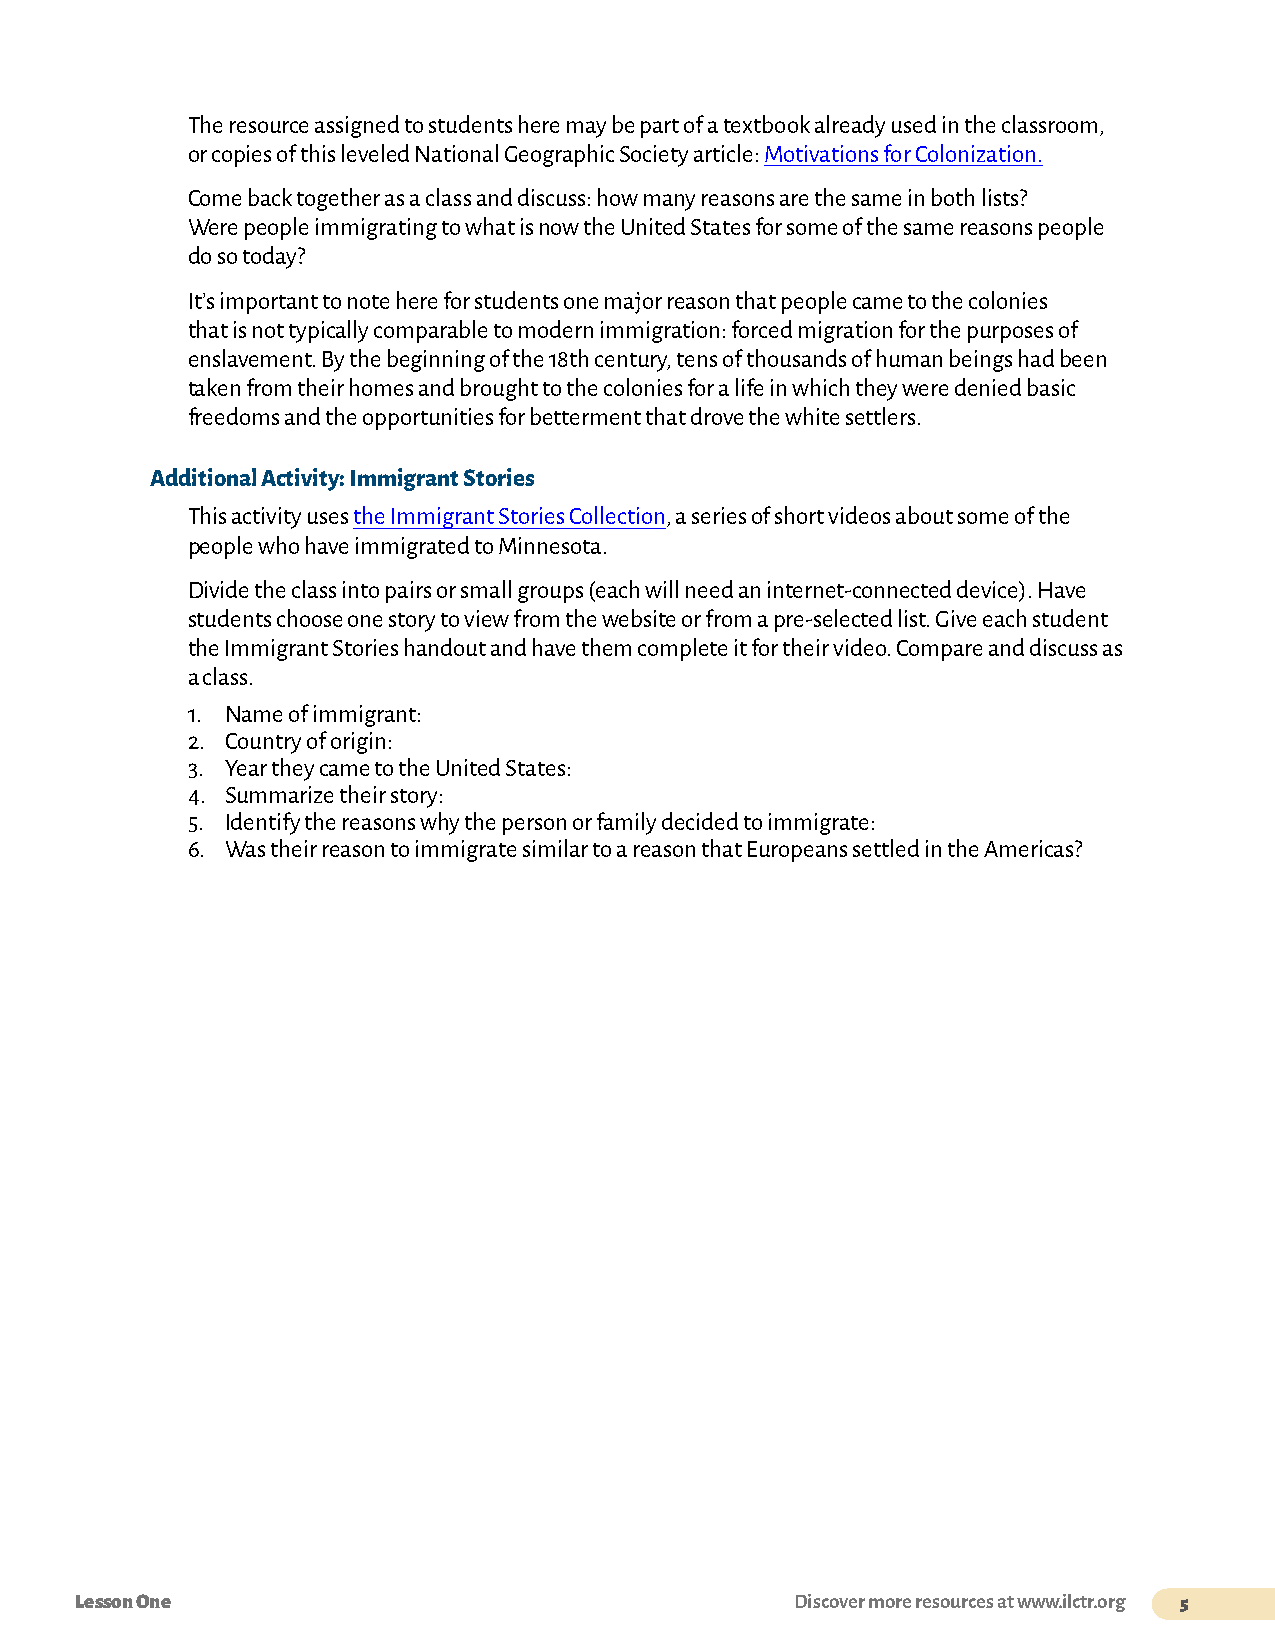
The resource assigned to students here may be part of a textbook already used in the classroom,
 or copies of this leveled National Geographic Society article: Motivations for Colonization.
 Come back together as a class and discuss: how many reasons are the same in both lists?
 Were people immigrating to what is now the United States for some of the same reasons people
 do so today?
 It’s important to note here for students one major reason that people came to the colonies
 that is not typically comparable to modern immigration: forced migration for the purposes of
 enslavement. By the beginning of the 18th century, tens of thousands of human beings had been
 taken from their homes and brought to the colonies for a life in which they were denied basic
 freedoms and the opportunities for betterment that drove the white settlers.
 Additional Activity: Immigrant Stories
 This activity uses the Immigrant Stories Collection, a series of short videos about some of the
 people who have immigrated to Minnesota.
 Divide the class into pairs or small groups (each will need an internet-connected device). Have
 students choose one story to view from the website or from a pre-selected list. Give each student
 the Immigrant Stories handout and have them complete it for their video. Compare and discuss as
 a class.
 1. Name of immigrant:
 2. Country of origin:
 3. Year they came to the United States:
 4. Summarize their story:
 5. Identify the reasons why the person or family decided to immigrate:
 6. Was their reason to immigrate similar to a reason that Europeans settled in the Americas?
 Lesson One                                      Discover more resources at www.ilctr.org 5